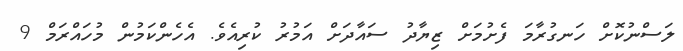
ލަސްނުކޮށް ހަނގުރާމަ ފެށުމަށް ޒިޔާދު ސައާދަށް އަމުރު ކުރިއެވެ. އެހެންކަމުން މުހައްރަމް 9